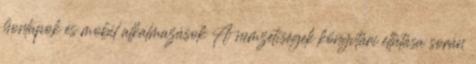
honlapok és mobil alkalmazások A nemzetiségek könyvtári ellátása során